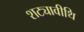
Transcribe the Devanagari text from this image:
शट्यावीथि